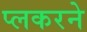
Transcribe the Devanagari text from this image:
प्लकरने